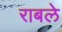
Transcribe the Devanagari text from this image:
राबले